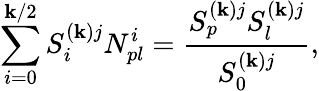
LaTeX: \sum_{i=0}^{\mathbf{k}/2}S_{i}^{(\mathbf{k})j}N_{pl}^{i}=\frac{{S_{p}^{(\mathbf{k})j}S_{l}^{(\mathbf{k})j}}}{{S_{0}^{(\mathbf{k})j}}},